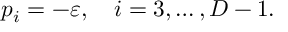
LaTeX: p _ { i } = - \varepsilon , \quad i = 3 , \ldots , D - 1 .